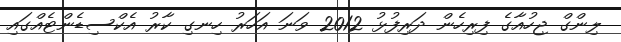
ލިންގް ޖިހުއާގެ ފިރިހެން ދަރިފުޅު 2012 ވަނަ އަހަރު ހިނގި ކާރު އެކްސިޑެންޓެއްގައި